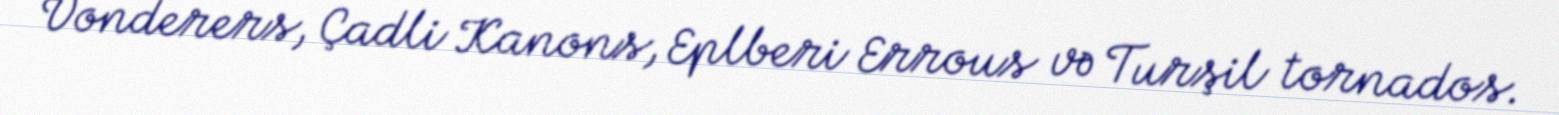
Vonderers, Çadli Kanons, Eplberi Errous və Turşil tornados.